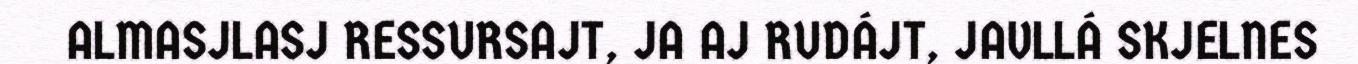
ALMASJLASJ RESSURSAJT, JA AJ RUDÁJT, JAVLLÁ SKJELNES